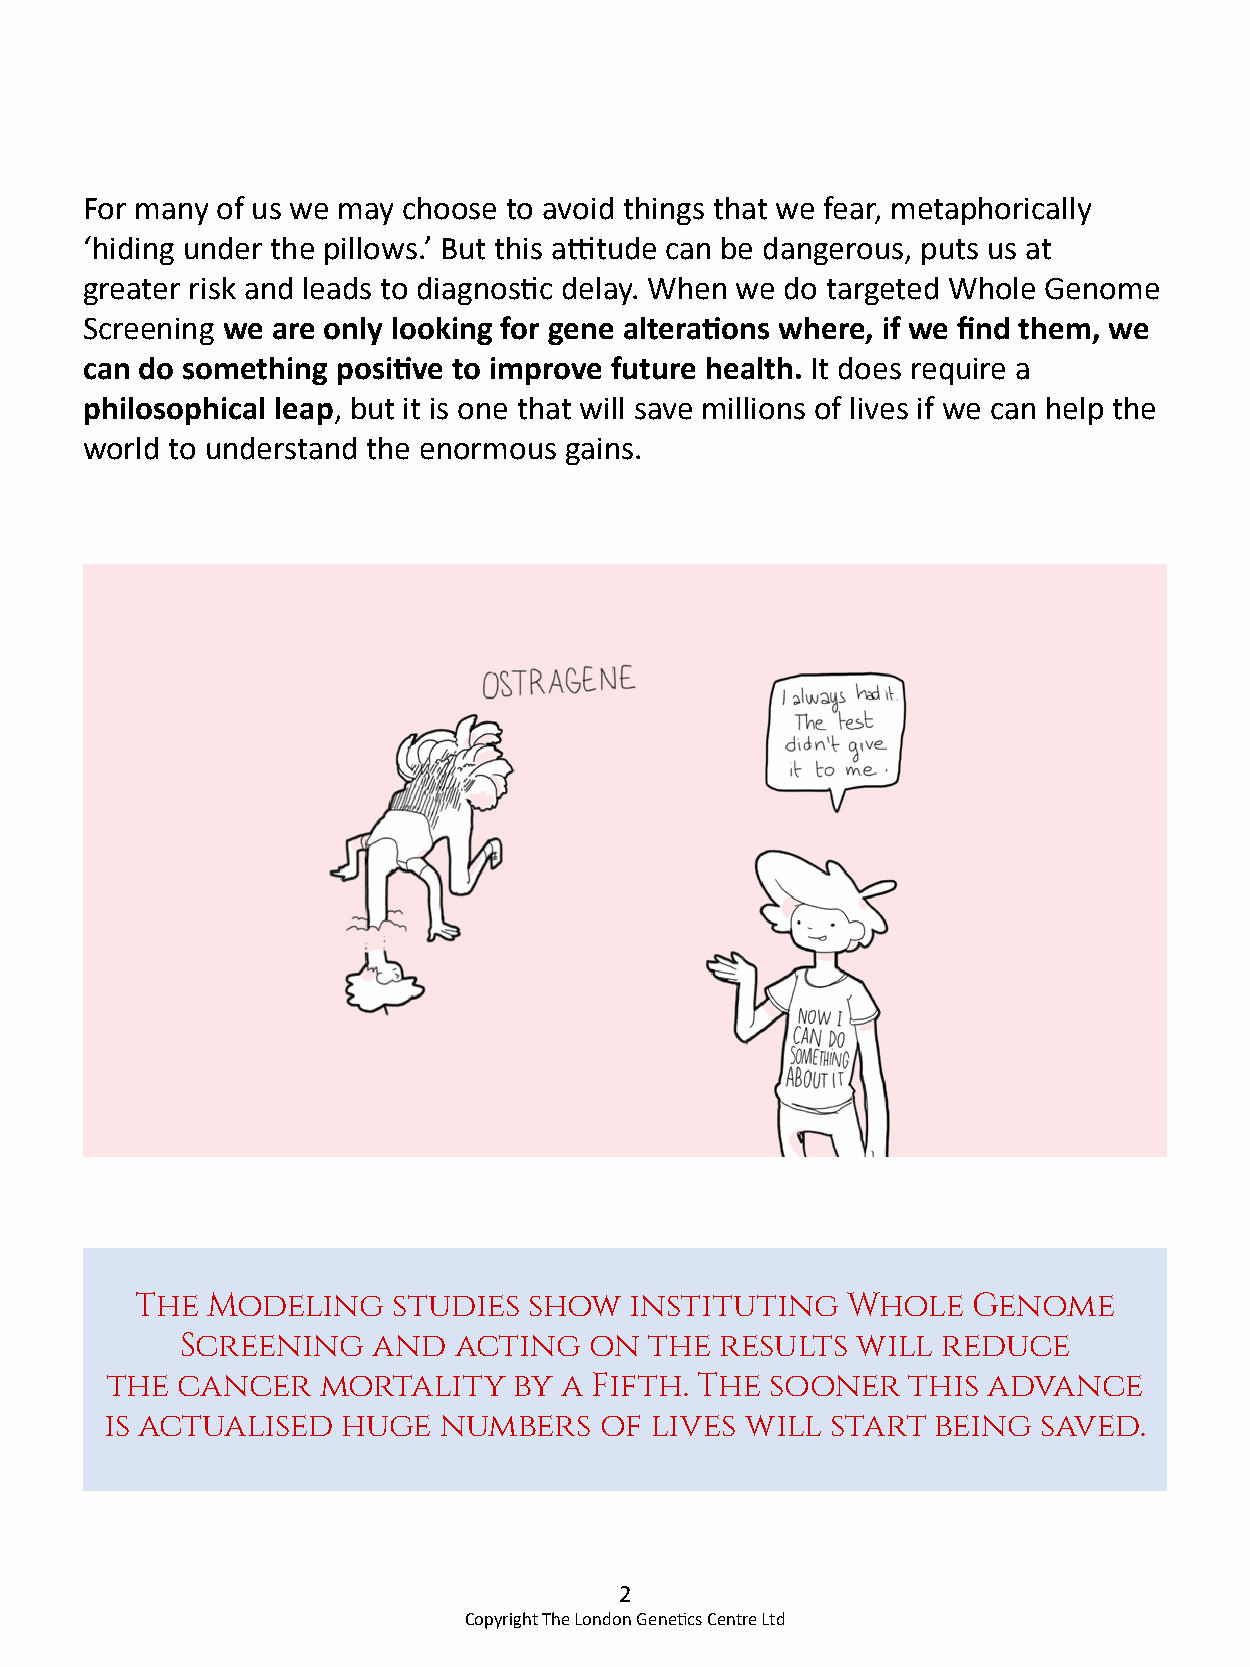
For many of us we may choose to avoid things that we fear, metaphorically
 ‘hiding under the pillows.’ But this attitude can be dangerous, puts us at
 greater risk and leads to diagnostic delay. When we do targeted Whole Genome
 Screening we are only looking for gene alterations where, if we find them, we
 can do something positive to improve future health. It does require a
 philosophical leap, but it is one that will save millions of lives if we can help the
 world to understand the enormous gains.
 The  Modeling    studies  show   instituting   Whole   Genome
 Screening    and  acting   on  the  results  will reduce
 the  cancer   mortality    by a Fifth. The  sooner   this advance
 is actualised   huge  numbers    of lives will  start  being  saved.
 2
 Copyright The London Genetics Centre Ltd